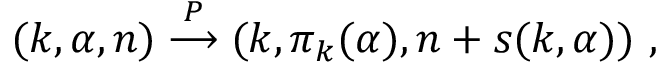
( k , \alpha , n ) \stackrel { P } { \longrightarrow } ( k , \pi _ { k } ( \alpha ) , n + s ( k , \alpha ) ) ~ ,